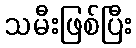
သမီးဖြစ်ပြီး